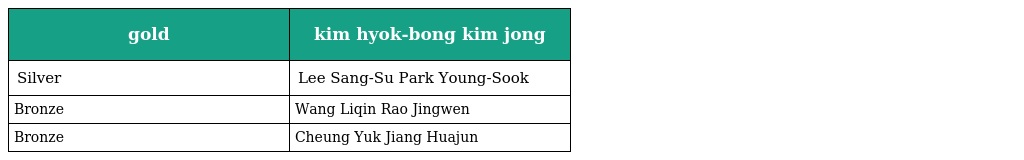
| gold | kim hyok-bong kim jong |
 | --- | --- |
 | Silver | Lee Sang-Su Park Young-Sook |
 | Bronze | Wang Liqin Rao Jingwen |
 | Bronze | Cheung Yuk Jiang Huajun |